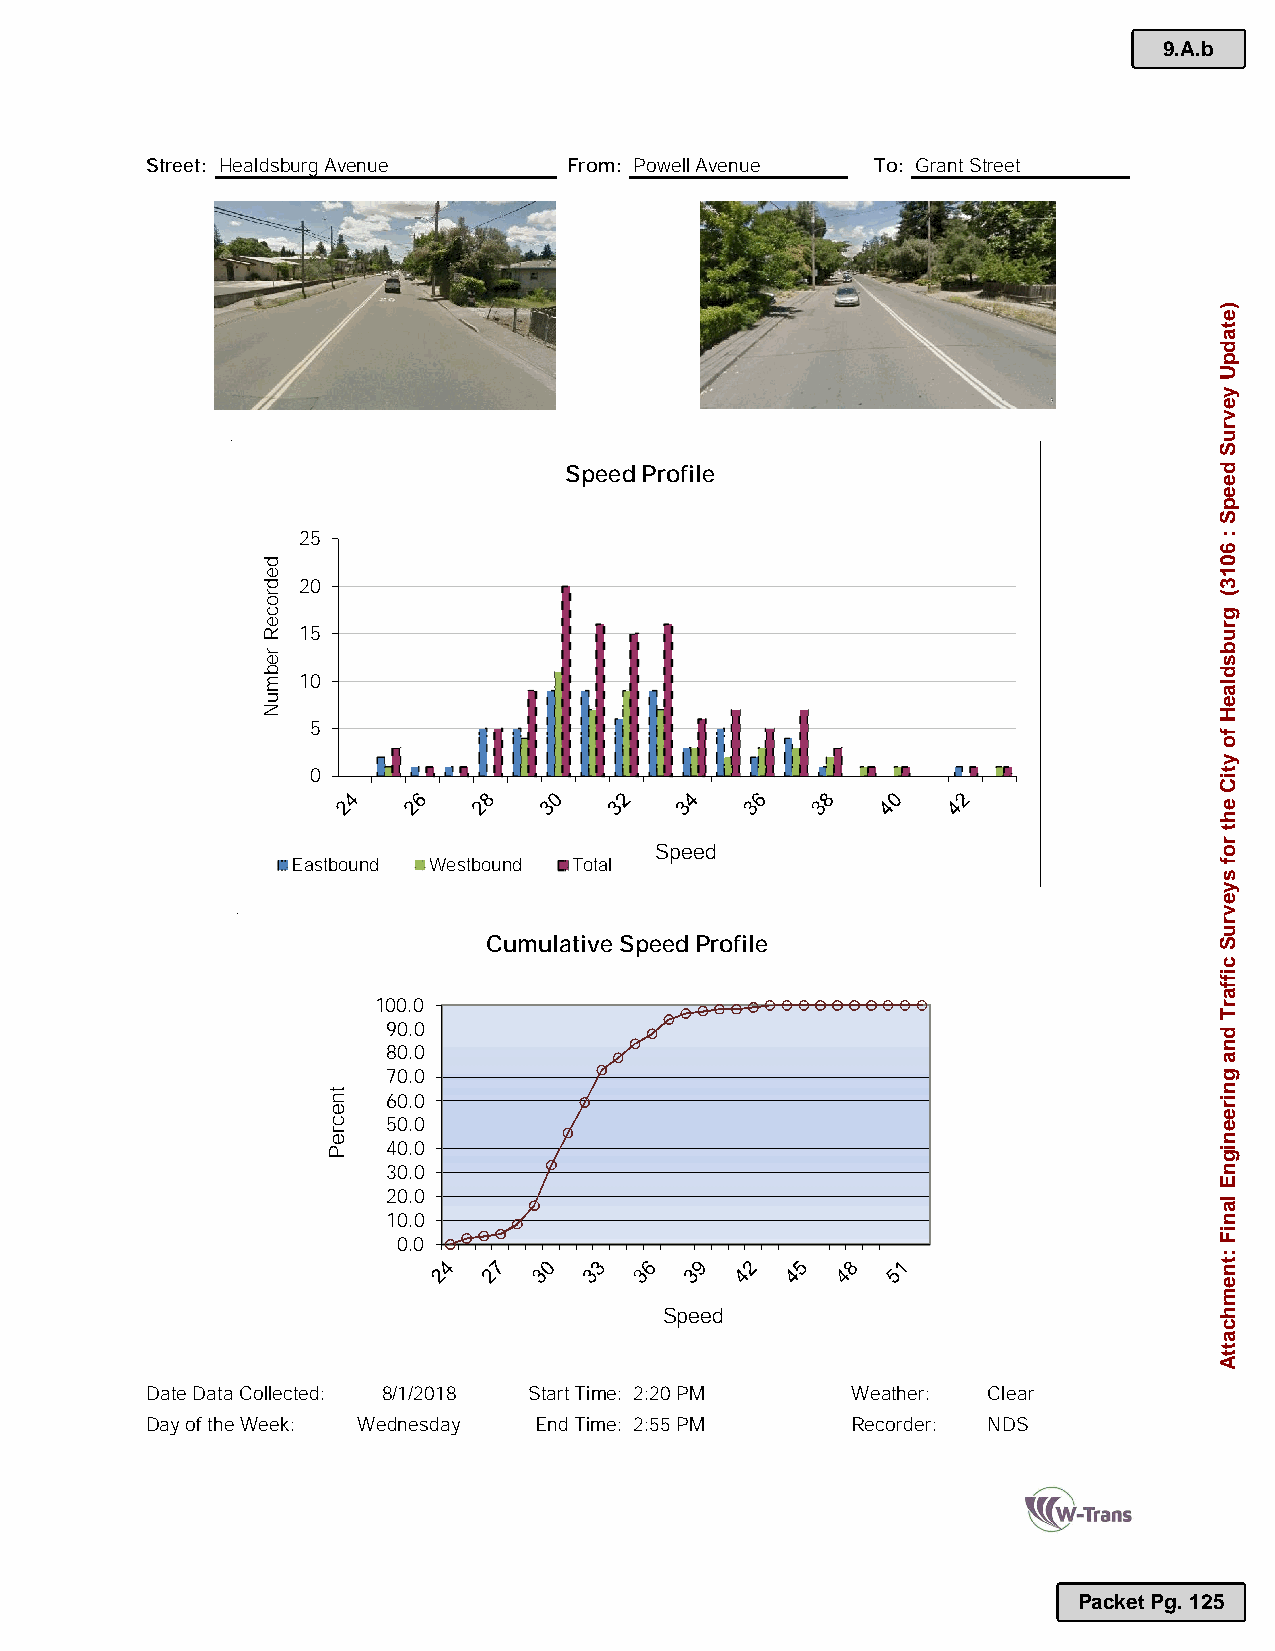
9.A.b
 Street: Healdsburg Avenue   From: Powell Avenue To: Grant Street
 PHOTO                            PHOTO
 Speed Profile
 25
 20
 15
 10
 5
 0
 Speed
 Eastbound Westbound Total
 Cumulative Speed Profile
 100.0
 90.0
 80.0
 70.0
 60.0
 50.0
 40.0
 30.0
 20.0
 10.0
 0.0
 Speed
 Date Data Collected: 8/1/2018 Start Time: 2:20 PM Weather: Clear
 Day of the Week: Wednesday End Time: 2:55 PM  Recorder: NDS
 Packet Pg. 125
 dedroceR
 rebmuN
 tnecreP
 )etadpU
 yevruS
 deepS
 :
 6013(
 grubsdlaeH
 fo
 ytiC
 eht
 rof
 syevruS
 ciffarT
 dna
 gnireenignE
 laniF
 :tnemhcattA